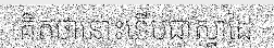
គិតថានោះទើបជាស្នាដៃ